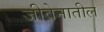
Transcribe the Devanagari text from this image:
जीवेनातील